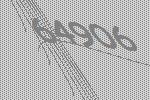
64906